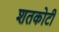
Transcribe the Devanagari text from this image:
शतकोटी